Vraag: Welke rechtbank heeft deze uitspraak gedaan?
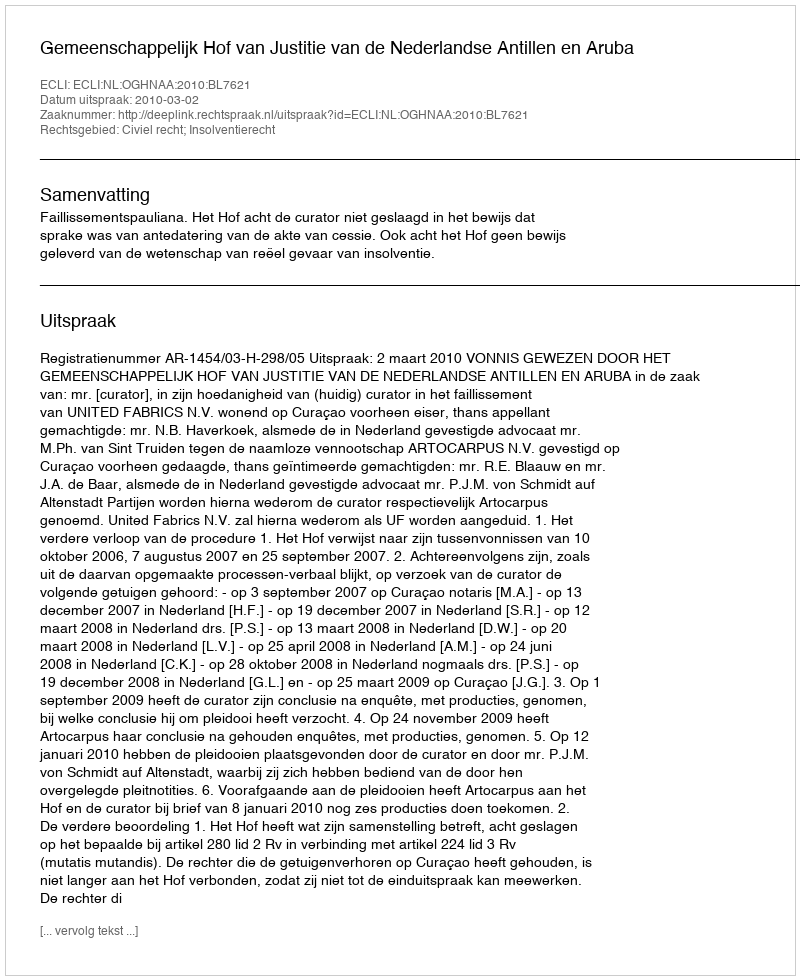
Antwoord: Gemeenschappelijk Hof van Justitie van de Nederlandse Antillen en Aruba